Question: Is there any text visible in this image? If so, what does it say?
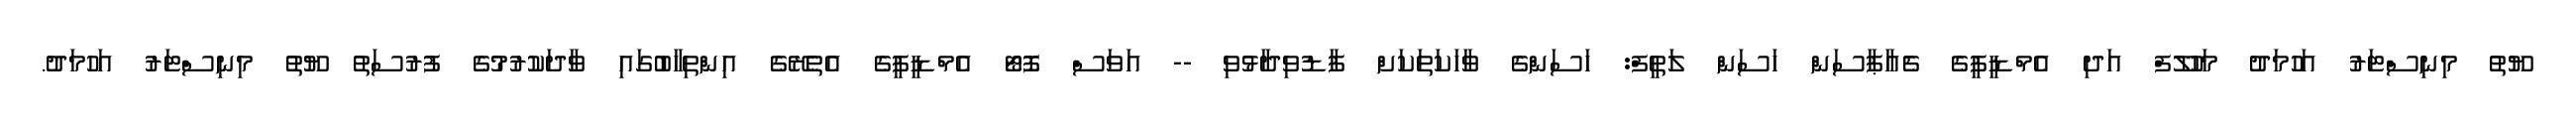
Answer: ޔޫތު މިނިސްޓަރު އަހުމަދު މަހުލޫފް އަދި އެމްޑީޕީގެ ޗެއާޕާސަން ހަސަން ލަތީފް: ހަސަންގެ ވާހަކަތަކަށް ފާޑުވިދާޅުވި -- އަވަސް ފޮޓޯ އެމްޑީޕީގެ އެތެރޭގެ އިންތިހާބުގައި ވާދަކުރުމުގެ ފުރުސަތު ޔޫތު މިނިސްޓަރު އަހުމަދު.